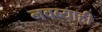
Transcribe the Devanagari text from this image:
नवब्याही